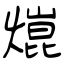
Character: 熴